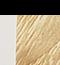
Signature authenticity: forged